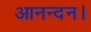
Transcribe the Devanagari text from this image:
आनन्दन।